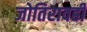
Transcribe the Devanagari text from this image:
जोतिरावही